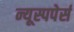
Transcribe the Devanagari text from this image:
न्यूस्पपेर्स